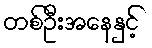
တစ်ဦးအနေနှင့်